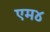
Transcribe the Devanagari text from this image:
एम४